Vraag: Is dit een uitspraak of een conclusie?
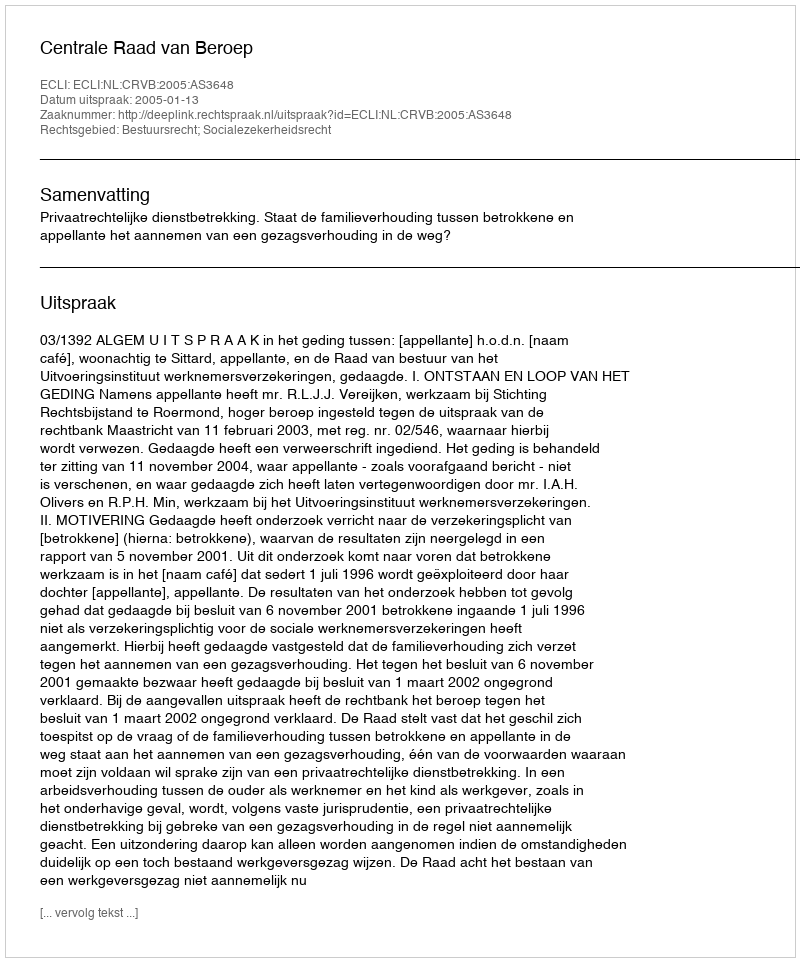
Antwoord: Uitspraak